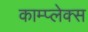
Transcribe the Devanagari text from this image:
काम्‍प्‍लेक्स